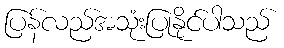
ပြန်လည်အသုံးပြုနိုင်ပါသည်